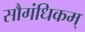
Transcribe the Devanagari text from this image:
सौगंधिकम्